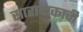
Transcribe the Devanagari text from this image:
सारावाकाची